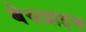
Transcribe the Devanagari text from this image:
बेसप्राइज